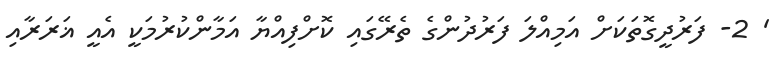
' 2- ފަރުދީގޮތަކަށް އަމިއްލަ ފަރުދުންގެ ތެރޭގައި ކޮށްފިއްޔާ އަމާންކުރުމަކީ އެއީ ޣަރަރާއި